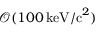
\mathcal { O } ( 1 0 0 \, \mathrm { k e V / c } ^ { 2 } )